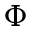
\boldsymbol { \Phi }